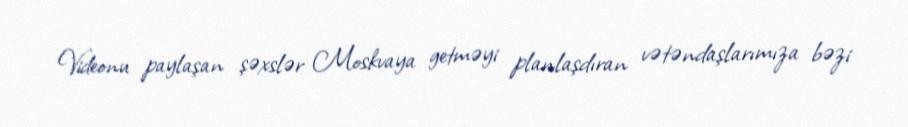
Videonu paylaşan şəxslər Moskvaya getməyi planlaşdıran vətəndaşlarımıza bəzi